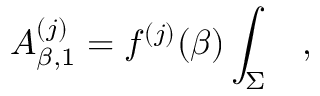
A _ { \beta , 1 } ^ { ( j ) } = f ^ { ( j ) } ( \beta ) \int _ { \Sigma } ~ ~ ~ ,